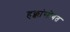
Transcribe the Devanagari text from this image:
हक्कांसोबत